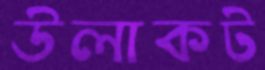
উলাকট